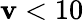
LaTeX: \mathbf{v}<10